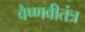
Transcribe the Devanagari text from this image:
वैष्णवीतंत्र